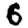
Digit: 6